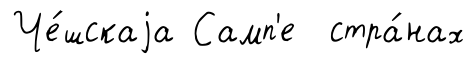
Че́шскаjа Самп'е стра́нах